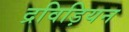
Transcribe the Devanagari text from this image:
द्रविड़ियन